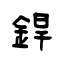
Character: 銲